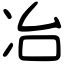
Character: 冶